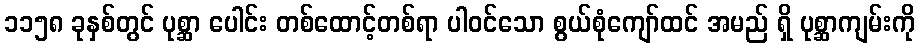
၁၁၅၈ ခုနှစ်တွင် ပုစ္ဆာ ပေါင်း တစ်ထောင့်တစ်ရာ ပါဝင်သော စွယ်စုံကျော်ထင် အမည် ရှိ ပုစ္ဆာကျမ်းကို